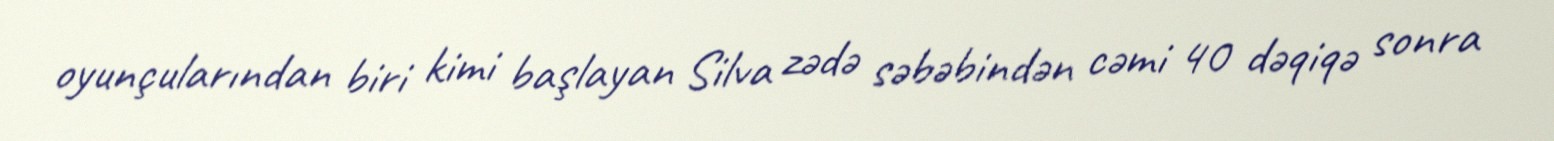
oyunçularından biri kimi başlayan Silva zədə səbəbindən cəmi 40 dəqiqə sonra